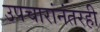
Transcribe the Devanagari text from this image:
उपचारांनंतरही